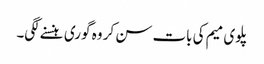
پلوی میم کی بات سن کر وہ گوری ہنسنے لگی۔